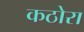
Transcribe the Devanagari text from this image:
कठोरा